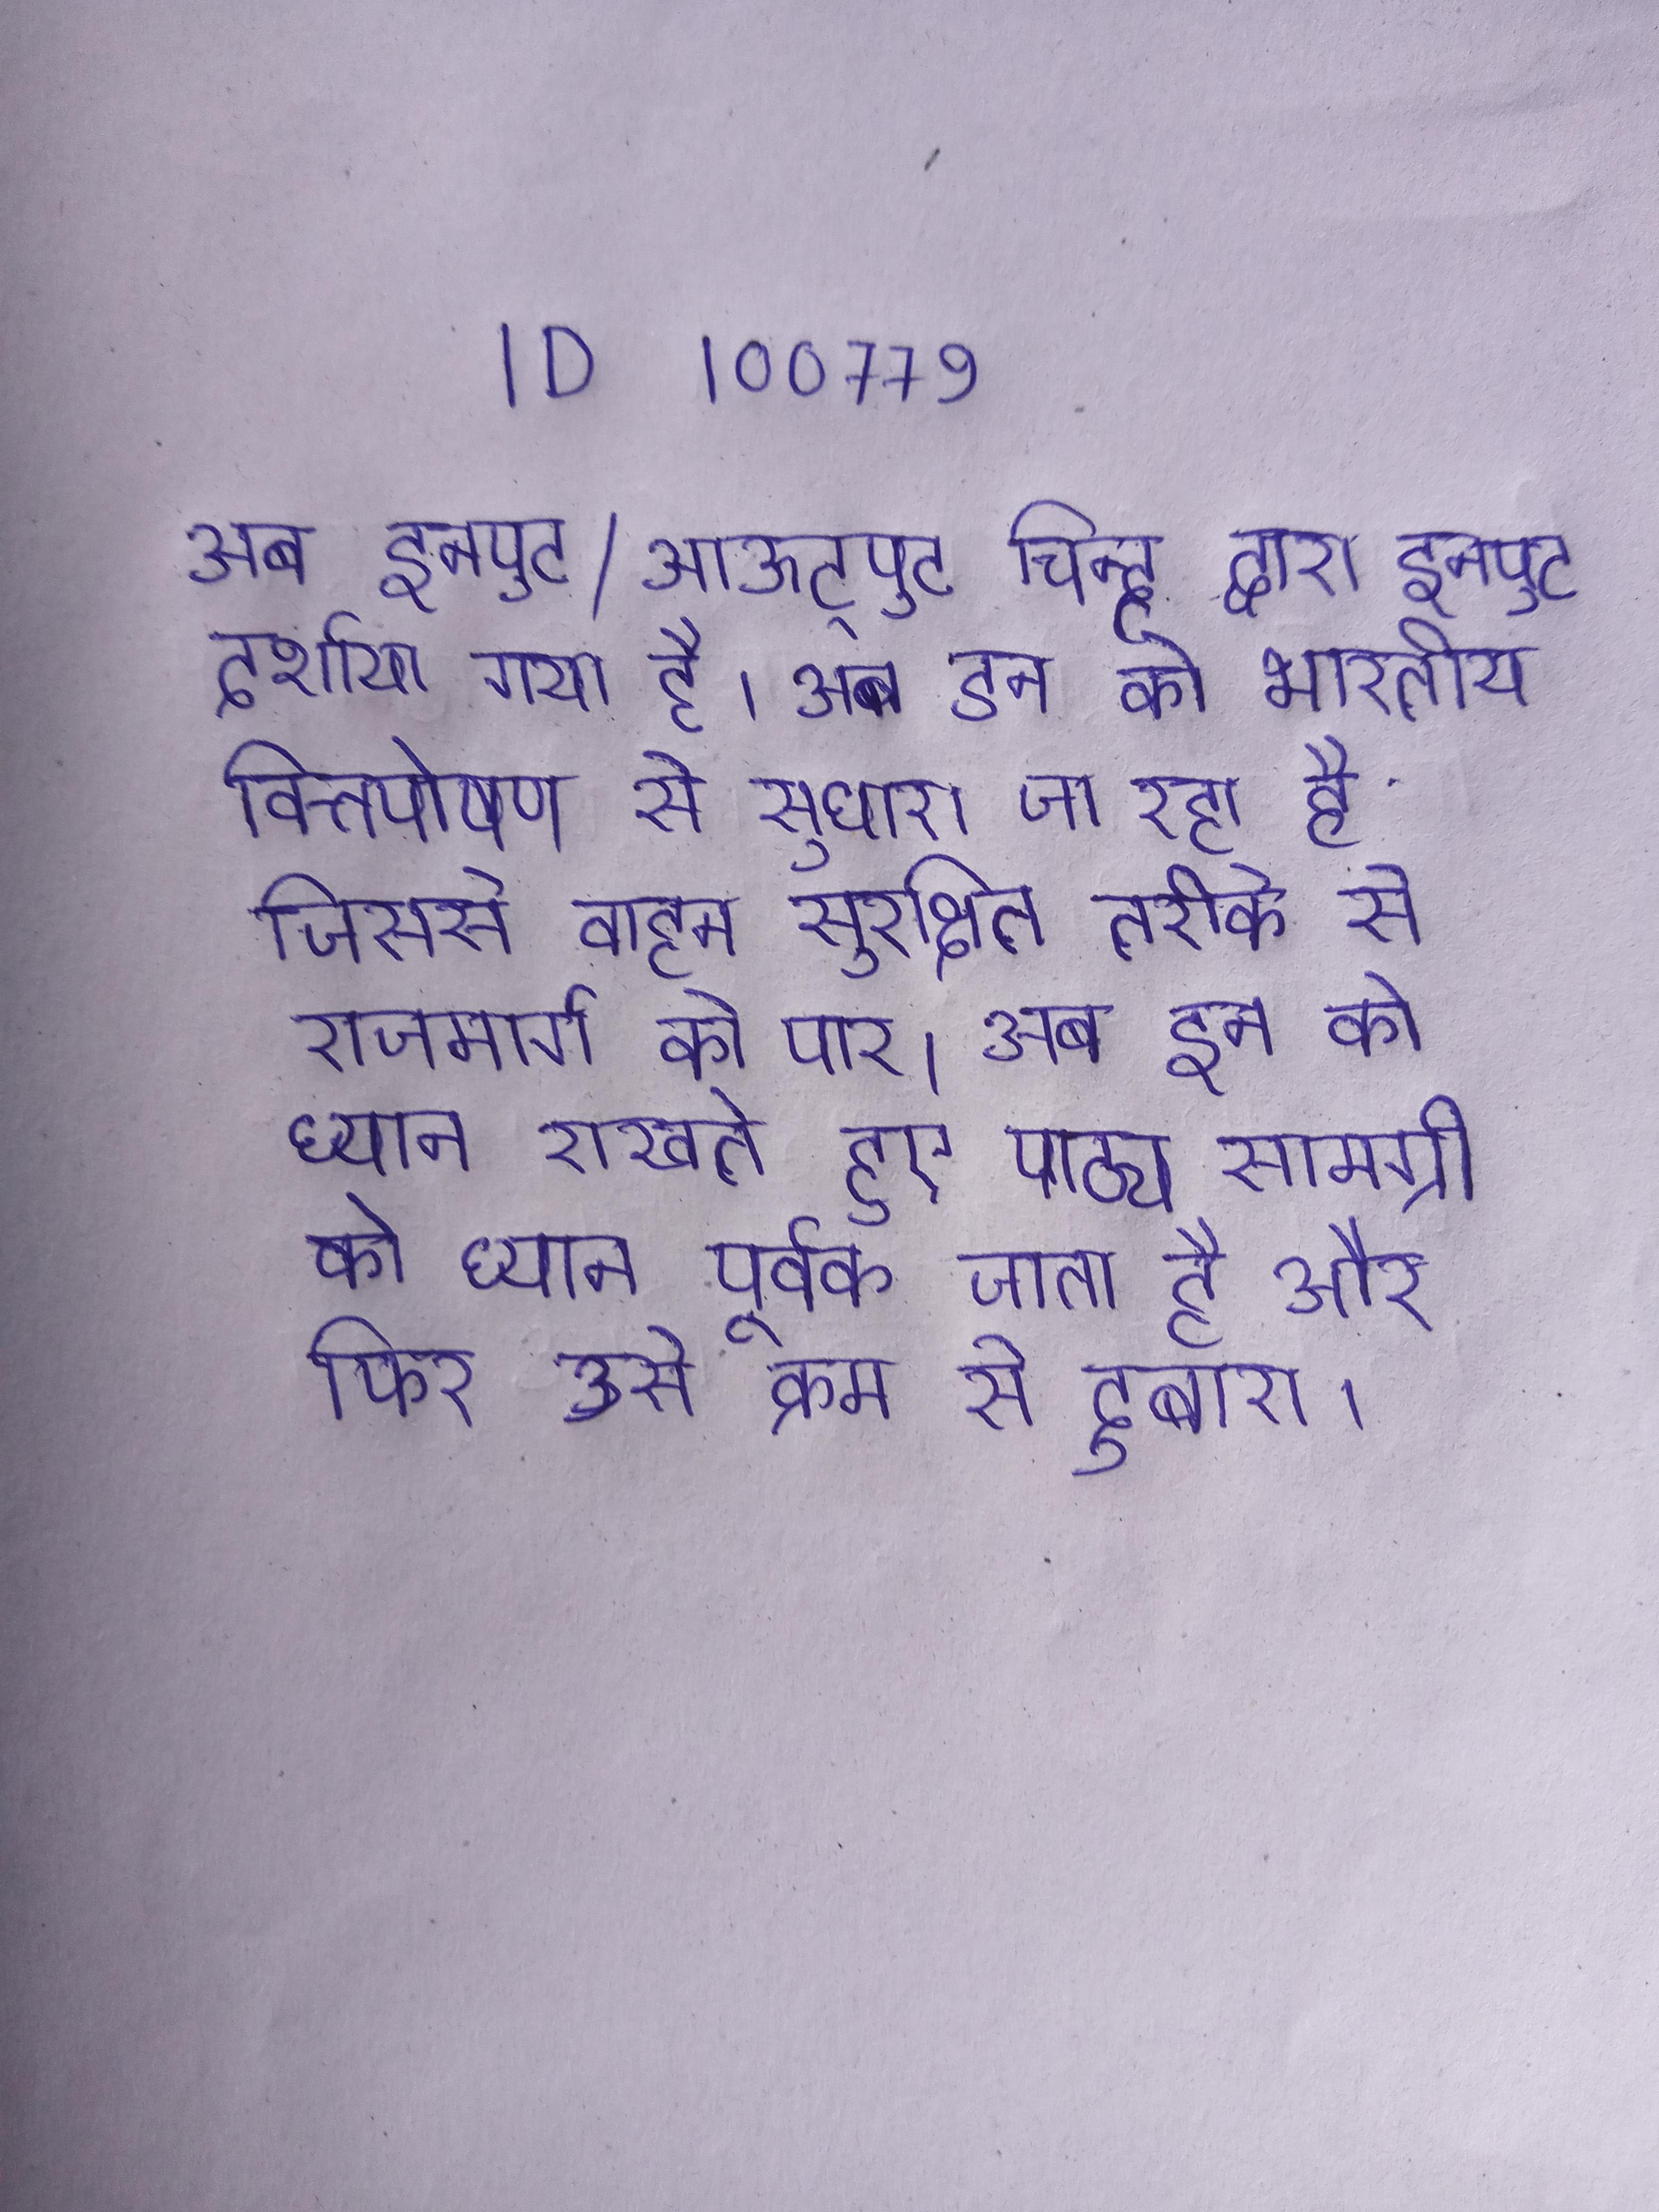
अब इनपुट/आऊट्पुट चिन्ह द्वारा इनपुट दर्शाया गया है । अब इन को भारतीय वित्तपोषण से सुधारा जा रहा है जिससे वाहन सुरक्षित तरीके से राजमार्ग को पार । अब इन को ध्यान रखते हुए पाठ्य सामग्री को ध्यान पूर्वक जाता है और फिर उसे क्रम से दुबारा ।